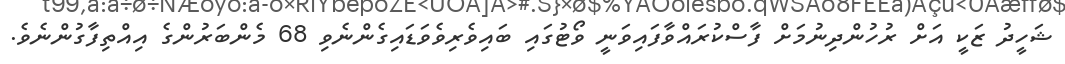
ޝަހީދު ޒަކީ އަށް ރުހުންދިނުމަށް ފާސްކުރައްވާފައިވަނީ ވޯޓުގައި ބައިވެރިވެވަޑައިގެންނެވި 68 މެންބަރުންގެ އިއްތިފާގުންނެވެ.